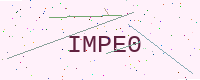
Text: IMPE0